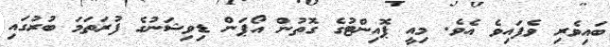
ބައިވެރި ވެފައިވެ އެވެ. މިއީ ޕޮއިންޓުގެ ގޮތުން އޯޕަން ޑިވިޝަނުގެ ފުރަތަމަ ބުރުގައި